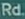
Rd